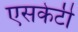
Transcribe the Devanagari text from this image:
एसकेटी